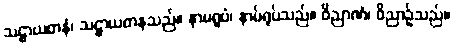
သဠာယတနံ၊ သဠာယတနသည်။ နာမရူပံ၊ နာမ်ရုပ်သည်။ ဝိညာဏံ၊ ဝိညာဉ်သည်။